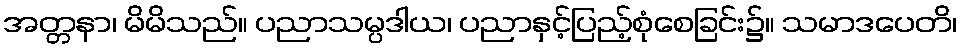
အတ္တနာ၊ မိမိသည်။ ပညာသမ္ပဒါယ၊ ပညာနှင့်ပြည့်စုံစေခြင်း၌။ သမာဒပေတိ၊